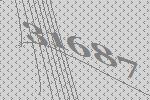
31687